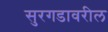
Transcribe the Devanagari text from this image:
सुरगडावरील